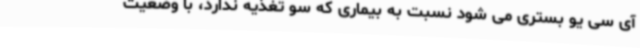
آی سی یو بستری می شود نسبت به بیماری که سو تغذیه ندارد، با وضعیت